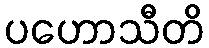
ပဟောသီတိ